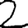
Digit: 2